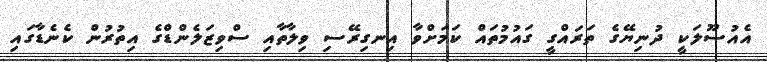
އެއުސޫލަކީ ދުނިޔޭގެ ތަރައްގީ ގައުމުތައް ކަމަށްވާ އިނގިރޭސި ވިލާތާއި ސްވިޒަލެންޑްގެ އިތުރުން ކެނެޑާގައި